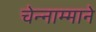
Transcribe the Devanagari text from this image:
चेन्नाम्माने